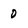
Character: 0